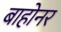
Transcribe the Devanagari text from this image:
बाहोनर